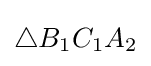
\triangle B_{1}C_{1}A_{2}